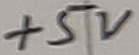
Text: +5V